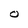
Character: O